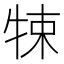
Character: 𤙨